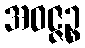
အဝဇ္ဇဉ္စ